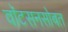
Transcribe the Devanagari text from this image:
वाॅटसनसोबत